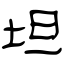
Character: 坦